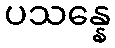
ပသန္နေ